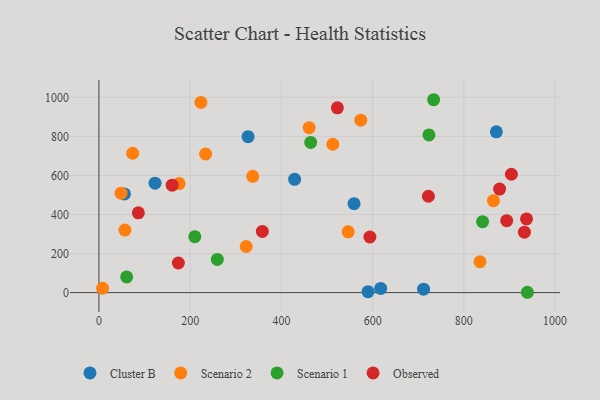
{"axis": {"x": "Experience", "y": "Rating"}, "legend": ["Cluster B", "Observed", "Scenario 1", "Scenario 2"], "data": [{"x": "711.7", "y": 17.6, "type": "Cluster B"}, {"x": "123.0", "y": 560.5, "type": "Cluster B"}, {"x": "871.2", "y": 823.2, "type": "Cluster B"}, {"x": "617.6", "y": 21.2, "type": "Cluster B"}, {"x": "56.1", "y": 505.3, "type": "Cluster B"}, {"x": "589.9", "y": 5.0, "type": "Cluster B"}, {"x": "326.9", "y": 798.5, "type": "Cluster B"}, {"x": "428.9", "y": 580.0, "type": "Cluster B"}, {"x": "559.3", "y": 455.2, "type": "Cluster B"}, {"x": "574.1", "y": 883.1, "type": "Scenario 2"}, {"x": "57.0", "y": 320.0, "type": "Scenario 2"}, {"x": "460.9", "y": 844.7, "type": "Scenario 2"}, {"x": "512.7", "y": 759.5, "type": "Scenario 2"}, {"x": "73.9", "y": 713.5, "type": "Scenario 2"}, {"x": "835.3", "y": 158.0, "type": "Scenario 2"}, {"x": "48.5", "y": 508.9, "type": "Scenario 2"}, {"x": "322.9", "y": 236.2, "type": "Scenario 2"}, {"x": "175.8", "y": 558.1, "type": "Scenario 2"}, {"x": "8.1", "y": 22.4, "type": "Scenario 2"}, {"x": "233.8", "y": 709.7, "type": "Scenario 2"}, {"x": "223.5", "y": 973.8, "type": "Scenario 2"}, {"x": "337.1", "y": 595.2, "type": "Scenario 2"}, {"x": "546.4", "y": 311.3, "type": "Scenario 2"}, {"x": "864.8", "y": 470.9, "type": "Scenario 2"}, {"x": "841.0", "y": 363.2, "type": "Scenario 1"}, {"x": "60.8", "y": 80.1, "type": "Scenario 1"}, {"x": "939.2", "y": 1.7, "type": "Scenario 1"}, {"x": "723.4", "y": 807.6, "type": "Scenario 1"}, {"x": "464.2", "y": 769.1, "type": "Scenario 1"}, {"x": "210.2", "y": 286.4, "type": "Scenario 1"}, {"x": "733.7", "y": 987.6, "type": "Scenario 1"}, {"x": "259.5", "y": 170.0, "type": "Scenario 1"}, {"x": "932.7", "y": 309.6, "type": "Observed"}, {"x": "522.7", "y": 946.3, "type": "Observed"}, {"x": "358.2", "y": 313.1, "type": "Observed"}, {"x": "160.5", "y": 550.2, "type": "Observed"}, {"x": "937.3", "y": 377.5, "type": "Observed"}, {"x": "174.1", "y": 151.5, "type": "Observed"}, {"x": "893.9", "y": 368.5, "type": "Observed"}, {"x": "904.2", "y": 606.1, "type": "Observed"}, {"x": "86.4", "y": 408.4, "type": "Observed"}, {"x": "594.0", "y": 284.7, "type": "Observed"}, {"x": "722.2", "y": 493.4, "type": "Observed"}, {"x": "878.3", "y": 529.9, "type": "Observed"}]}